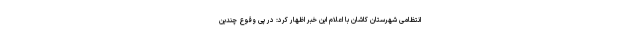
انتظامی شهرستان کاشان با اعلام این خبر اظهار کرد: در پی وقوع چندین